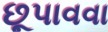
છૂપાવવા